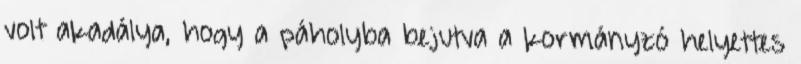
volt akadálya, hogy a páholyba bejutva a kormányzó helyettes